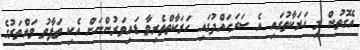
އެގޮތުން މި ހަރަކާތުގައި އެ ސަރަހައްދުގައި ހަރަކާތްތެރިވާ ޑައިވަރުންނަށް އެކި ތަފާތު ވައްތަރުގެ